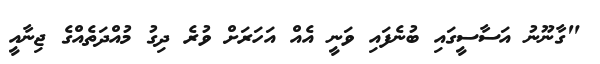
"ގާނޫނު އަސާސީގައި ބުނެފައި ވަނީ އެއް އަހަރަށް ވުރެ ދިގު މުއްދަތެއްގެ ޖިނާއީ